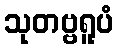
သုတဗ္ဗရူပံ